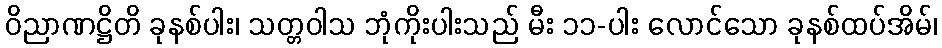
ဝိညာဏဋ္ဌိတိ ခုနစ်ပါး၊ သတ္တဝါသ ဘုံကိုးပါးသည် မီး ၁၁-ပါး လောင်သော ခုနစ်ထပ်အိမ်၊